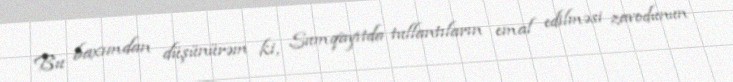
Bu baxımdan düşünürəm ki, Sumqayıtda tullantıların emal edilməsi zavodunun